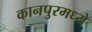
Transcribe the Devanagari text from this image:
कानपुरमध्ये